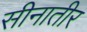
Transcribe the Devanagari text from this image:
सीनातीर